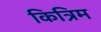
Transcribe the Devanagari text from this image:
कित्रिम